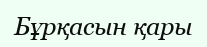
Бұрқасын қары